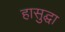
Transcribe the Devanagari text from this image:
हासुद्घा